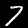
Digit: 7